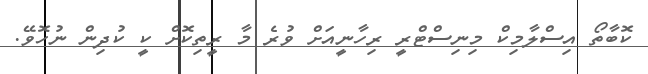
ކޮބާތޯ އިސްލާމިކް މިނިސްޓްރީ ރިހާނީއަށް ވުރެ މާ ރީތިކޮށް ކީ ކުދިން ނުހޮވޭ.